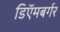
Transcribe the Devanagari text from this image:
डिऍमबर्गर